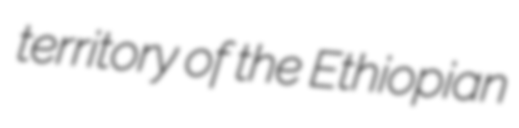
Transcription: territory of the Ethiopian